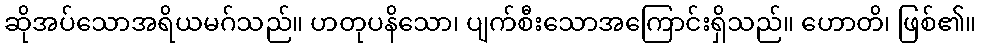
ဆိုအပ်သောအရိယမဂ်သည်။ ဟတုပနိသော၊ ပျက်စီးသောအကြောင်းရှိသည်။ ဟောတိ၊ ဖြစ်၏။